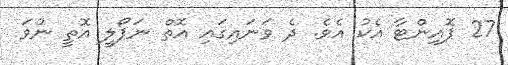
27 ޕޮޮއިންޓާ އެކު އެވެ. ދެ ވަނައިގައި އޮތް ނަޕޯލީ އޮތީ ނުވަ